Annual report on the lock hospitals of the Madras Presidency
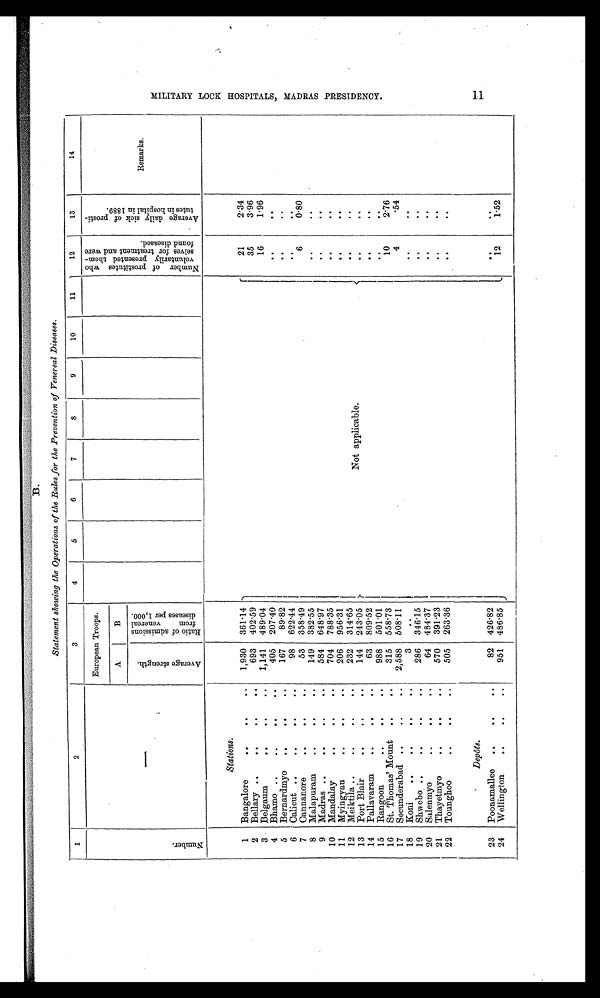
B.
Statement showing the Operations of the Rules for the Prevention of Venereal Diseases.
1
2
3
4
5
6
7
8
9
10
11
12
13
14
N u m b e r .
—
European Troops.
N u m b e r o f p r o s t i t u t e s w h o v o l u n t a r i l y p r e s e n t e d t h e m - s e l v e s f o r t r e a t m e n t a n d w e r e f o u n d d i s e a s e d .
A v e r a g e d a i l y s i c k o f p r o s t i - t u t e s i n h o s p i t a l i n 1 8 8 9 .
R e m a r k s .
A
B
A v e r a g e s t r e n g t h .
R a t i o n o f a d m i s s i o n s f r o m v e n e r e a l d i s e a s e s p e r 1 , 0 0 0 .
S t a t i o n s .
Not applicable.
21
2.34
1
Bangalore
. .
. .
. .
1,930
361. 14
2
Bellary
. .
. .
. .
. .
693
402.59
35
3.96
3
Belgaum
. .
. .
. .
1,141
489.04
16
1.96
4
Bhamo
. .
. .
. .
. .
405
207.40
. .
. .
5
Bernardmyo
. .
. .
. .
167
89.82
. .
. .
6
Calicut
. .
. .
. .
. .
98
622.44
. .
. .
7
Cannanore
. .
. .
..
53
358.49
6
0.80
8
Malapuram.
. .
. .
. .
149
382.55
. .
. .
9
Madras
. .
. .
. .
..
584
648.97
. .
. .
10
Mandalay
. .
. .
. .
704
788.35
. .
. .
11
Myingyan
. .
. .
. .
206
956.31
. .
. .
12
Meiktila
. .
. .
. .
. .
232
314.65
. .
. .
13
Port Blair
. .
. .
. .
144
243.05
. .
. .
14
Pallavaram
. .
. .
. .
63
809.52
. .
. .
15
Rangoon
. .
. .
..
988
501.01
. .
. .
16
St. Thomas' Mount
. .
..
315
558.73
10
2.76
17
Secunderabad
. .
. .
. .
2,588
508.11
4
.54
18
Koni
. .
. .
. .
..
3
. .
. .
. .
19
Shwebo
. .
. .
. .
. .
286
346.15
. .
. .
20
Salenmyo
. .
. .
. .
64
484.37
. .
. .
21
Thayetmyo
. .
. .
. .
570
391. 23
. .
. .
22
Tounghoo
. .
. .
. .
505
263.36
. .
. .
D e p ô t s .
23
Poonamallee
. .
. .
..
82
426.82
. .
. .
24
Wellington
. .
. .
. .
951
486.85
12
1.52
M I L I T A R Y L O C K H O S P I T A L S , M A D R A S P R E S I D E N C Y .
11